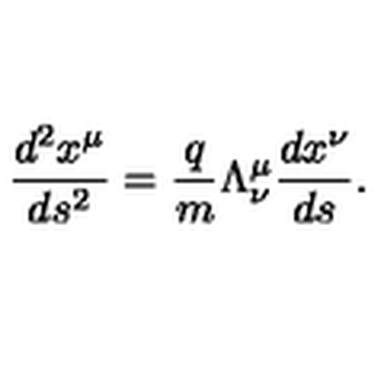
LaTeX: \frac { d ^ { 2 } x ^ { \mu } } { d s ^ { 2 } } = \frac { q } { m } \Lambda _ { \nu } ^ { \mu } \frac { d x ^ { \nu } } { d s } .